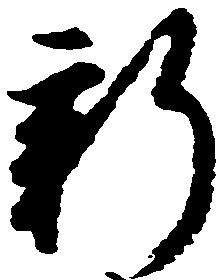
新